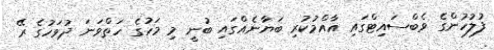
ފުލުހުންގެ ވެބްސައިޓްގައި އާއްމުކުރި ބަޔާނެއްގައި ބުނީ މި މަހުގެ ހަތްވަނަ ދުވަހުގެ ރޭ